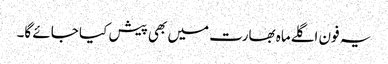
یہ فون اگلےماہ بھارت میں بھی پیش کیا جائے گا۔